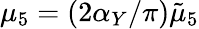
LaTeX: \mu_{5}=\left(2\alpha_{Y}/\pi\right)\tilde{\mu}_{5}